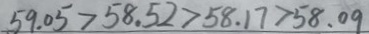
5 9 . 0 5 > 5 8 . 5 2 > 5 8 . 1 7 > 5 8 . 0 9